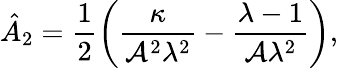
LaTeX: \hat{A}_{2}=\frac{1}{2}\left(\frac{\kappa}{\mathcal{A}^{2}\lambda^{2}}-\frac{\lambda-1}{\mathcal{A}\lambda^{2}}\right),